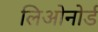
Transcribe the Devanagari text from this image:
लिओनोर्ड